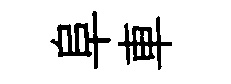
阜車